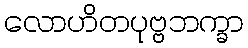
လောဟိတပုဗ္ဗဘက္ခာ